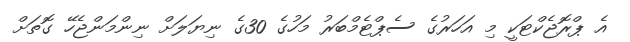
އެ ޕްރޮޖެކްޓަކީ މި އަހަރުގެ ސެޕްޓެމްބަރު މަހުގެ 30ގެ ނިޔަލަށް ނިންމަންޖެހޭ ގޮތަށް